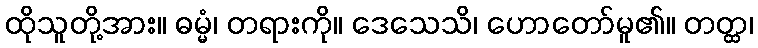
ထိုသူတို့အား။ ဓမ္မံ၊ တရားကို။ ဒေသေသိ၊ ဟောတော်မူ၏။ တတ္ထ၊